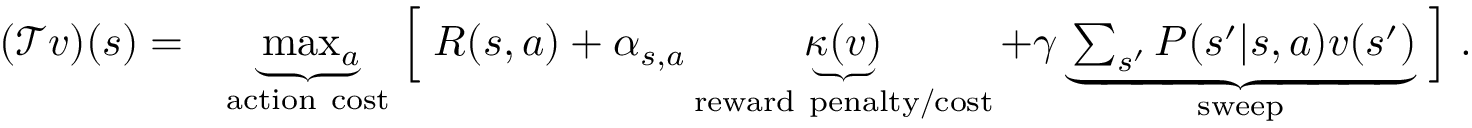
\begin{array} { r l } { ( \mathcal { T } v ) ( s ) = } & { \underbrace { \operatorname* { m a x } _ { a } } _ { \mathrm { a c t i o n ~ c o s t } } \Bigm [ R ( s , a ) + \alpha _ { s , a } \underbrace { \kappa ( v ) } _ { \mathrm { r e w a r d ~ p e n a l t y / c o s t } } + \gamma \underbrace { \sum _ { s ^ { \prime } } P ( s ^ { \prime } | s , a ) v ( s ^ { \prime } ) } _ { \mathrm { s w e e p } } \Bigm ] . } \end{array}